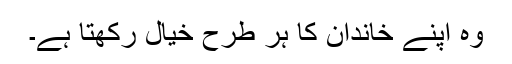
وہ اپنے خاندان کا ہر طرح خیال رکھتا ہے۔